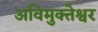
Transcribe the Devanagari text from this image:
अविमुक्तेश्वर